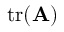
\operatorname { t r } ( \mathbf { A } )